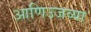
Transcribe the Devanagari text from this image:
आणिउजव्या